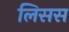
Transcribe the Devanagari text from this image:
लिसस